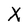
Character: X